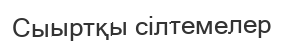
Сыыртқы сілтемелер